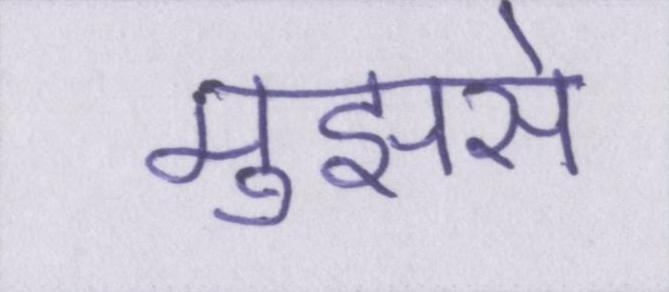
मुझसे